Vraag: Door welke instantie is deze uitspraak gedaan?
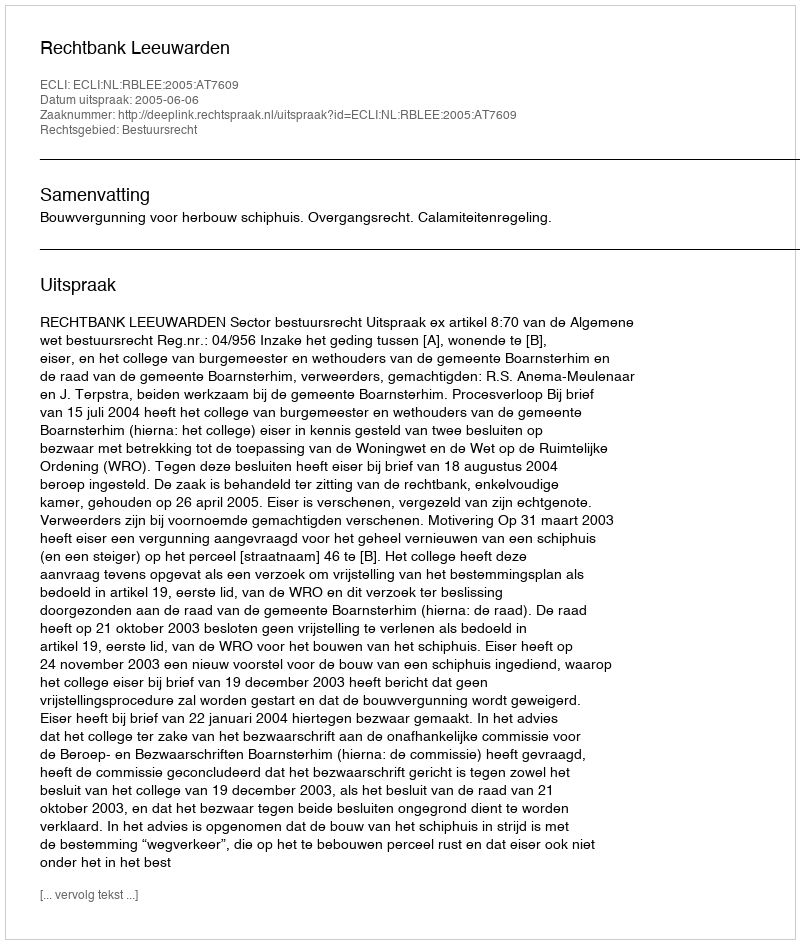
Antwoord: Rechtbank Leeuwarden